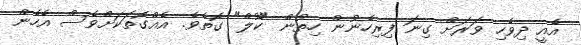
އެއީ ދިވެހި ވަރަށް ގިނަ ފިރިހެނުން ހިތުން "ކޫލް" ގޮތެވެ. އެއްގޮތަކަށްވެސް އެހެން